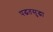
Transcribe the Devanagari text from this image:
पद्घतसुद्घा